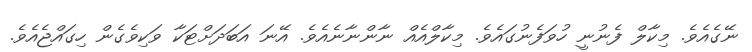
ނޭގެއެވެ. މިކާލް ފެނުނީ ހުވަފެނުގައެވެ. މިކާލްއެއް ނާންނާނެއެވެ. އޭނަ އަބަދަށްޓަކާ ވަކިވެގެން ހިގައްޖެއެވެ.